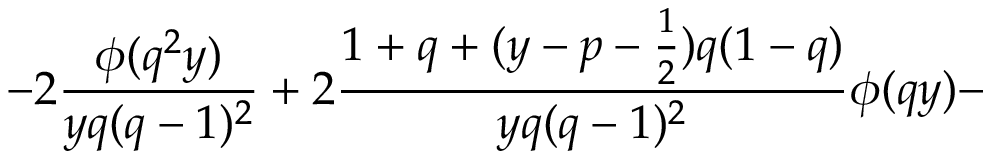
- 2 \frac { \phi ( q ^ { 2 } y ) } { y q ( q - 1 ) ^ { 2 } } + 2 \frac { 1 + q + ( y - p - \frac { 1 } { 2 } ) q ( 1 - q ) } { y q ( q - 1 ) ^ { 2 } } \phi ( q y ) -